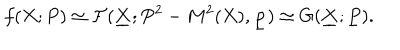
LaTeX: f ( X ; P ) \simeq { \cal F } ( \underline { { { \bf X } } } ; P ^ { 2 } - M ^ { 2 } ( X ) , \underline { { { \bf p } } } ) \simeq G ( \underline { { { \bf X } } } ; \underline { { { P } } } ) .